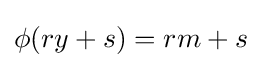
\phi (ry+s)=rm+s